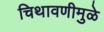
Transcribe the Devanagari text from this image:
चिथावणीमुळे